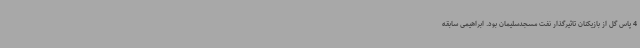
4 پاس گل از بازیکنان تاثیرگذار نفت مسجدسلیمان بود. ابراهیمی سابقه